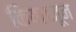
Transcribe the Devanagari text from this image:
किया।जून